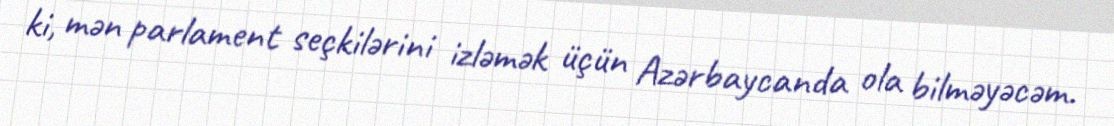
ki, mən parlament seçkilərini izləmək üçün Azərbaycanda ola bilməyəcəm.